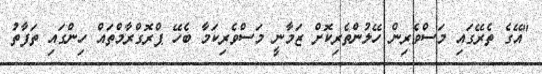
"އޭގެ ތެރޭގައި މަސްވެރިން ހޭލުންތެރިކޮށް ޒަމާނީ މަސްވެރިކަމާ ބެހޭ ޕްރޮގްރާމްތައް ހިންގައި ތަފާތު